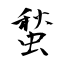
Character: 蝵